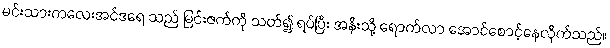
မင်းသားကလေးအင်ဒရေ သည် မြင်းဇက်ကို သတ်၍ ရပ်ပြီး အနီးသို့ ရောက်လာ အောင်စောင့်နေလိုက်သည်။